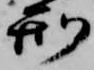
刑